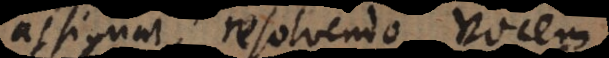
assignat, resolvendo vocem